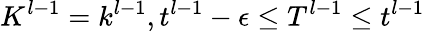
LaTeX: K^{l-1}=k^{l-1},t^{l-1}-\epsilon\leq T^{l-1}\leq t^{l-1}